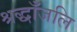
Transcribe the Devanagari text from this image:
श्रद्धाँजलि